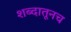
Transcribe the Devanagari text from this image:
शब्दातूनच